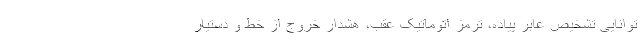
توانایی تشخیص عابر پیاده، ترمز اتوماتیک عقب، هشدار خروج از خط و دستیار